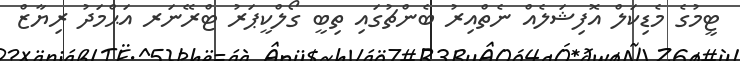
ޓީމުގެ މެޑިކަލް އޮފިޝަލެއް ނެތްއިރު ބެންޗުގައި ތިބީ ގޯލްކީޕަރު ޓްރޭނަރ އަޙްމަދު ރިޔާޒް